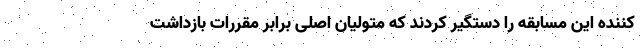
کننده این مسابقه را دستگیر کردند که متولیان اصلی برابر مقررات بازداشت